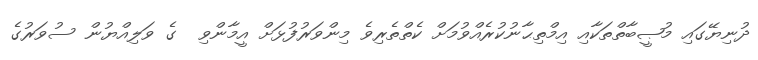
ދުނިޔޭގައި މުޞީބާތްތަކާއި އިމްތިޙާނުކުރެއްވުމަށް ކެތްތެރިވެ މިންވަރުފުޅަށް އީމާންވި  ގެ ވަލިއްޔުން ސުވަރުގެ